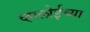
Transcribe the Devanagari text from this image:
व्हालोईच्या